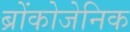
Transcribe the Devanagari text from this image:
ब्रोंकोजेनिक